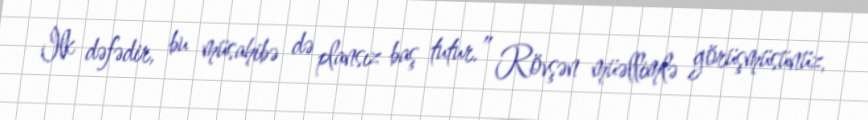
İlk dəfədir, bu müsahibə də plansız baş tutur.” Rövşən müəllimlə görüşmüsünüz,